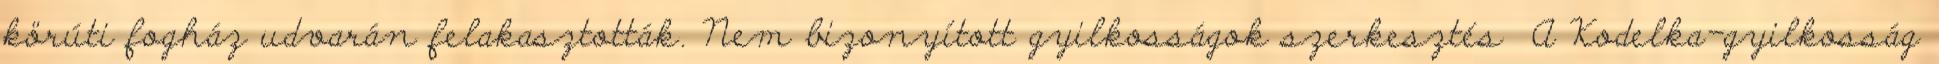
körúti fogház udvarán felakasztották. Nem bizonyított gyilkosságok szerkesztés A Kodelka-gyilkosság